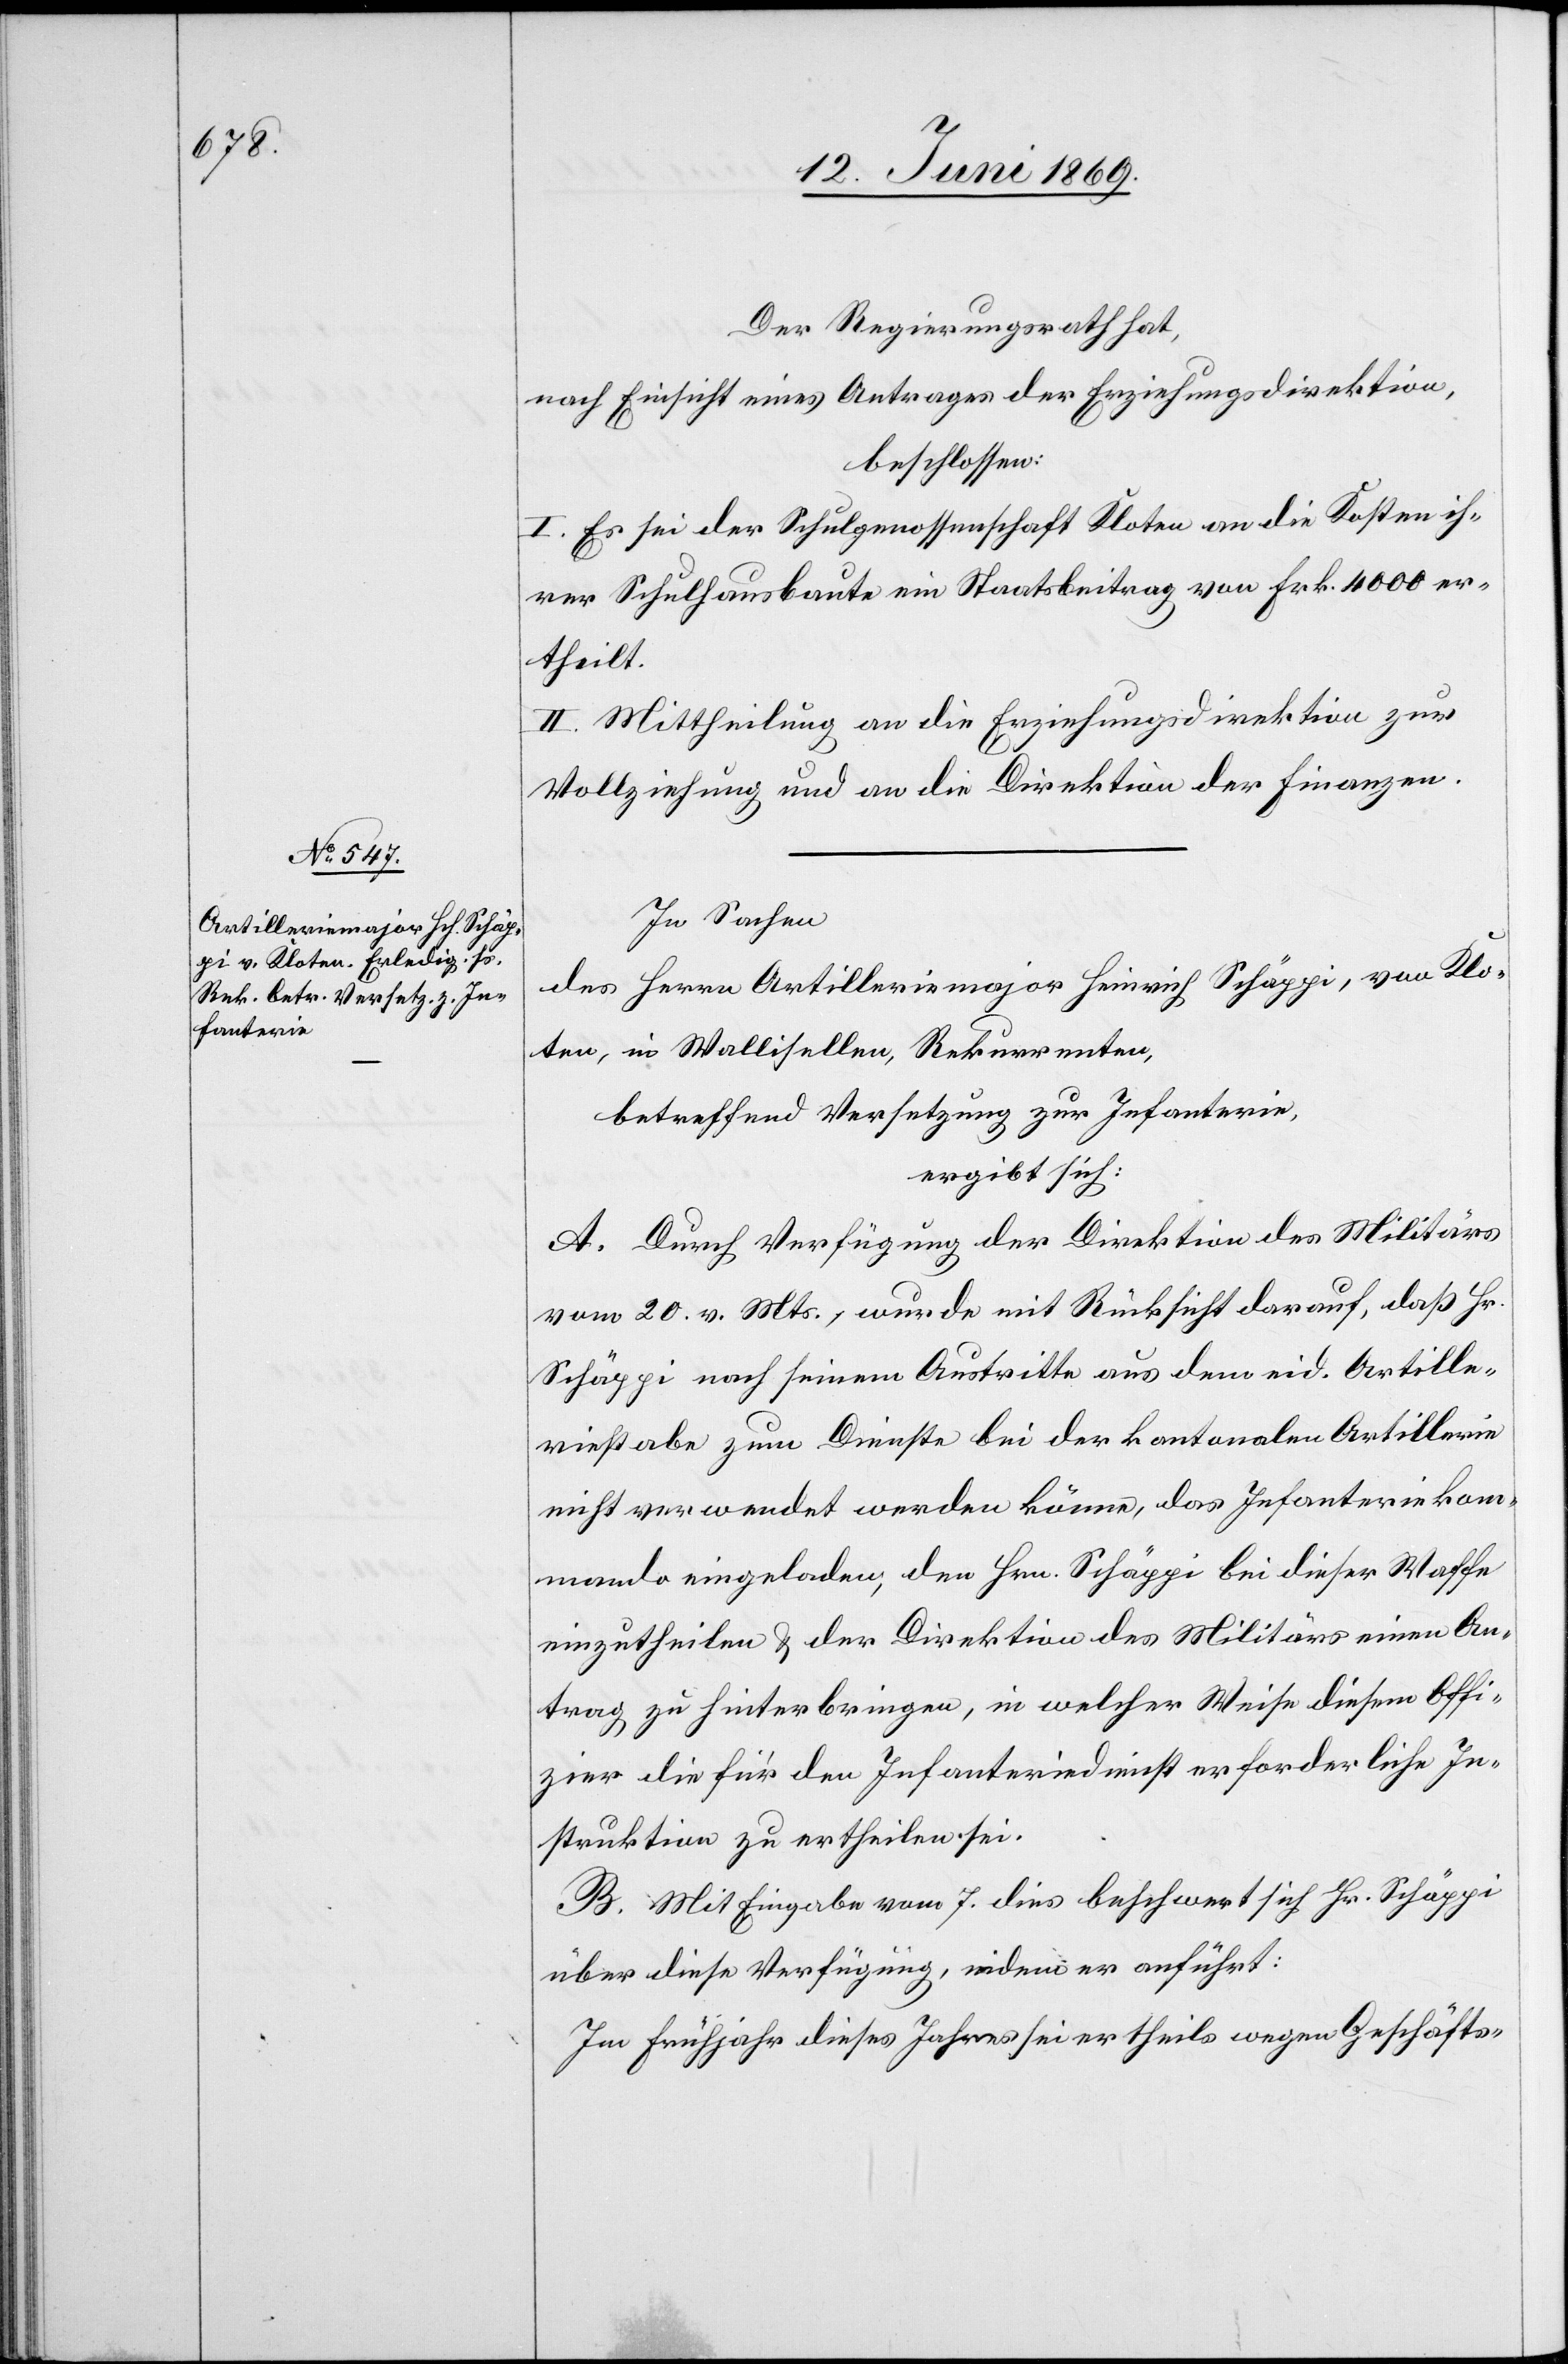
In Sachen
des Herrn Artilleriemajor Heinrich Schäppi, von Klo¬
ten, in Wallisellen, Rekurrenten,
betreffend Versetzung zur Infanterie,
ergibt sich:
A. Durch Verfügung der Direktion des Militärs
vom 20 v. Mts., wurde mit Rücksicht darauf, daß Hr.
Schäppi nach seinem Austritte aus dem eid. Artille¬
riestabe zum Dienste bei der kantonalen Artillerie
nicht verwendet werden könne, das Infanteriekom¬
mando eingeladen, den Hrn. Schäppi bei dieser Waffe
einzutheilen, u. der Direktion des Militärs einen An¬
trag zu hinterbringen, in welcher Weise diesem Offi¬
zier die für den Infanteriedienst erforderliche In¬
struktion zu ertheilen sei.
B. Mit Eingabe vom 7 dies beschwert sich Hr. Schäppi
über diese Verfügung, indem er anführt:
Im Frühjahr dieses Jahres sei er theils wegen Geschäfts-